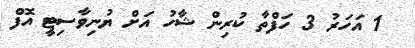
1 އަހަރު 3 ހަފްތާ ކުރިން ޝާހު އަށް ޔުނިވާސިޓީ އޮފް